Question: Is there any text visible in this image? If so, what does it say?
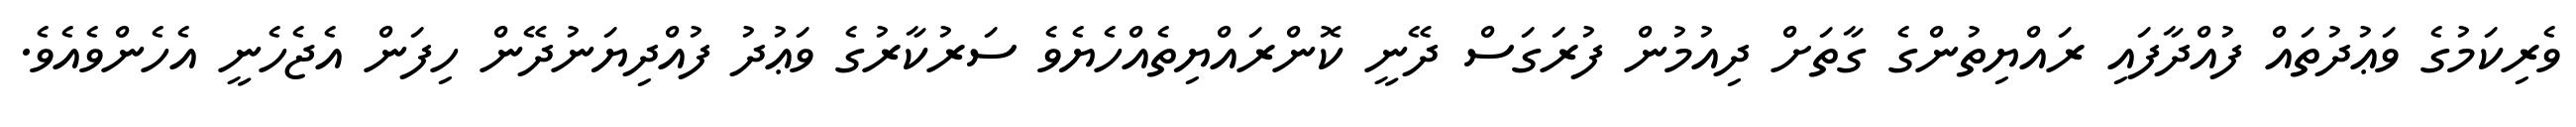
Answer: ވެރިކަމުގެ ވަޢުދުތައް ފުއްދާފައި ރައްޔިތުންގެ ގާތަށް ދިއުމުން ފުރަގަސް ދޭނީ ކޮންރައްޔިތެއްހެޔެވެ ސަރުކާރުގެ ވަޢުދު ފުއްދިޔަނުދޭން ހިފަން އެޖެހެނީ އެހެންވެއެވެ.